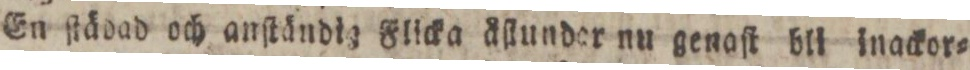
En ſtädad och anſtändig Flicka åſtunder nu genoſt bli inackor=